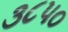
૩૮૫૦